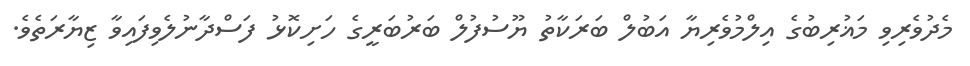
މެދުވެރިވި މަޣުރިބުގެ އިލްމުވެރިޔާ އަބުލް ބަރަކާތު ޔޫސުފުލް ބަރުބަރީގެ ހަށިކޮޅު ފަސްދާނުލެވިފައިވާ ޒިޔާރަތެވެ.